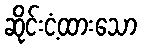
ဆိုင်းငံ့ထားသော